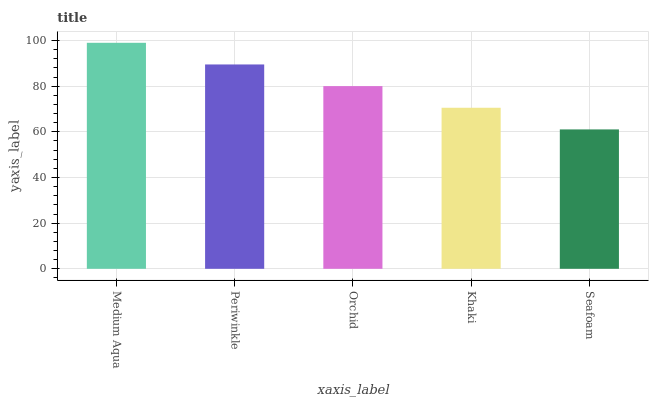
| xaxis_label | bars |
 | --- | --- |
 | Medium Aqua | 99 |
 | Periwinkle | 89.5 |
 | Orchid | 80 |
 | Khaki | 70.5 |
 | Seafoam | 61.1 |